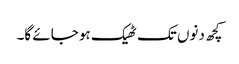
کچھ دنوں تک ٹھیک ہو جائے گا۔